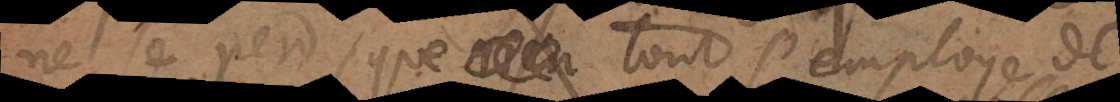
ne se perd, que tout s’employe de